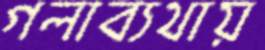
গলাব্যথায়